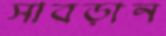
সাবড়ান